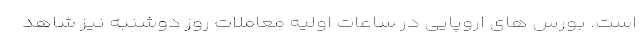
است. بورس های اروپایی در ساعات اولیه معاملات روز دوشنبه نیز شاهد